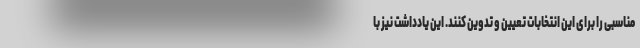
مناسبی را برای این انتخابات تعیین و تدوین کنند. این یادداشت نیز با